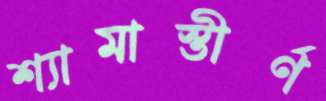
শ্যামাস্তীর্ণ